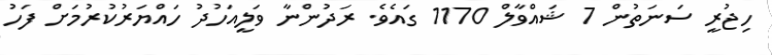
ހިޖުރީ ސަނަތުން 7 ޝައްވާލް 1170 ގައެވެ. ރަދުންނާ ވަލީއަހުދު ހައްޔަރުކުރުމަށް ފަހު